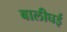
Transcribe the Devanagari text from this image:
बालीघई